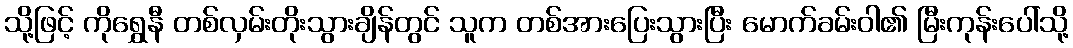
သို့ဖြင့် ကိုရွှေနီ တစ်လှမ်းတိုးသွားချိန်တွင် သူက တစ်အားပြေးသွားပြီး မောက်ခမ်းဝါ၏ မြီးကုန်းပေါ်သို့